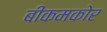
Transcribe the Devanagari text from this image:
बीकमकोर